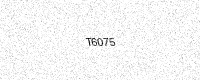
Text: T6075